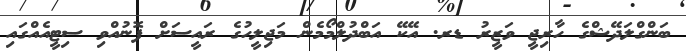
ބަންގްލަދޭޝްގެ ހާރިޖީ ވަޒީރު ޑރ. އޭކޭ އަބްދުލްމޯމެން މަޖިލީހުގެ ރައީސަށް ފޮނުއްވި ސިޓީއެއްގައި